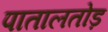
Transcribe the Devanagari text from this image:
पातालतोड़